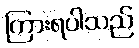
ကြားရပါသည်